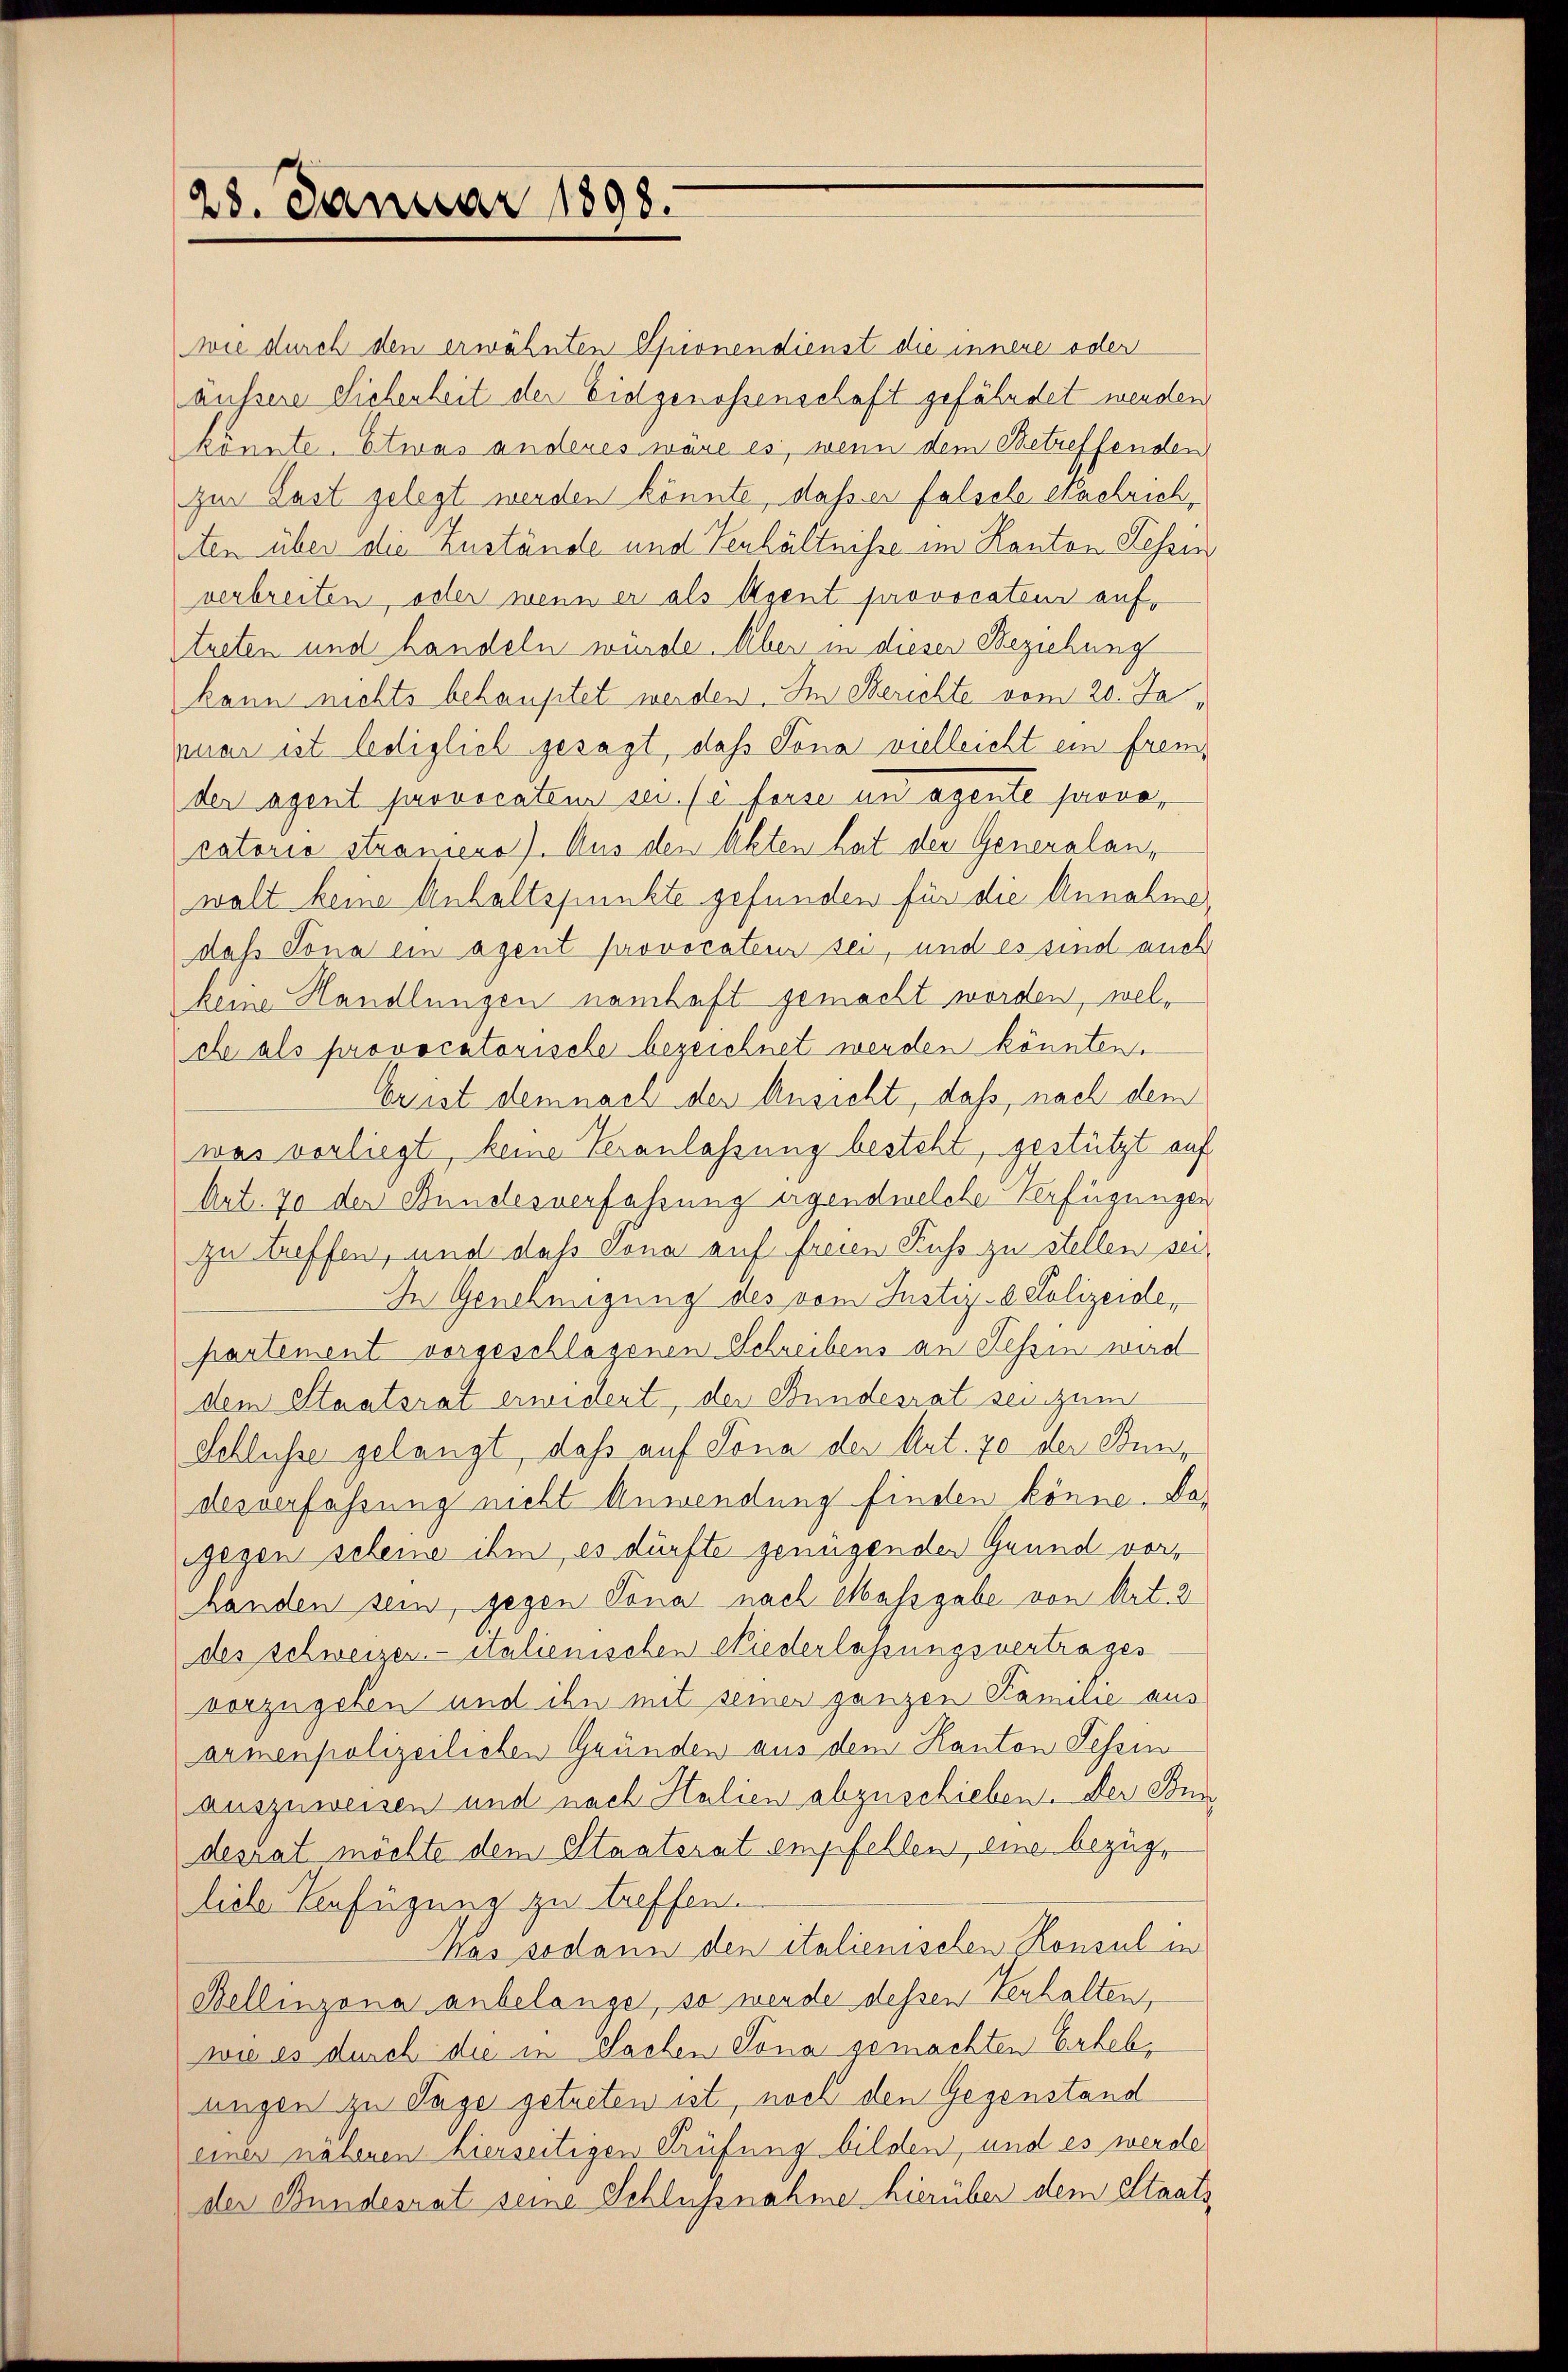
28. Januar 1898.

wie durch den erwähnten Spionendienst die innere oder
aussere Siehenheit der Eidgenossenschaft gefährdet werden.
könnte. Etwas anderes wäre es, wenn dem Betreffenden
zur Last gelegt werden könnte, dass er falsele Nachrich,
eten über die Zustände und Verhältnisse im Kanton Lehren
verbreiten, oder wenn er als Agent provocateur auftreten und handeln würde. Aber in dieser Beziehung
kann nichts behauptet werden. Im Serichte vom 20. Japaar ist lediglich gesagt, daß Sona vielleicht ein fremder agent provocateur sei. (c forse und agente provecatorio stransens). Aus den Akten hat der Generalanwalt keine Anhaltspunkte gefunden für die Annahme
daß Jona ein Agent provocateur sei, und es sind auch
keine Handlungen namhaft gemacht worden, welche als provocatorische bezeichnet werden könnten.
Crist demnach der Ansicht, daß, nach dem
was vorliegt, keine Veranlassung besteht, gestützt auf
Art. 70 der Bundesverfahrung irgendwelche Verfügungen
zu treffen, und daß Sona auf freien Kuss zu stellen sei.
In Genehmigung des vom Justiz-Polizeide,
partement vorgeschlagenen Schreibens an Tessin wird
dem Staatsrat erwidert, der Bundesrat sei zum
Schlusse gelangt, daß auf Jona der Art. 70 der Bundesverfahrung nicht Anwendung finden könne. Dagegen scheine ihm es dürfte genügenden Grund vorhanden sein, gegen Tona nach Massgabe von Art. 2
des schweizer.- italienischen Niederlassungsvertrages
vorzugeben und ihn mit seiner ganzen Familie aus
armenpolizeilichen Gründen aus dem Kanton Tessio
auszuweisen und nach Halien abzuschieben. Der Sonn
desrat möchte dem Staatsrat empfehlen, eine bezügliche Verfügung zu treffen.
Was sodann den italienischen Konsul in
Bellinzona anbelange, so werde dessen Verhalten,
wie es durch die in Sachen Sona gemachten Erhebungen zu Tage getreten ist, noch den Gegenstand
einer näheren hierseitigen Prüfung bilden, und es werde
der Bundesrat seine Schlussnahme hierüber dem Staats